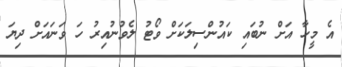
އެ މީހާ އަށް ނުބައި ކައުންސިލަކަށް ވޯޓު ލެވުނުއިރު ހަ ވަނައަށް ދިޔަ